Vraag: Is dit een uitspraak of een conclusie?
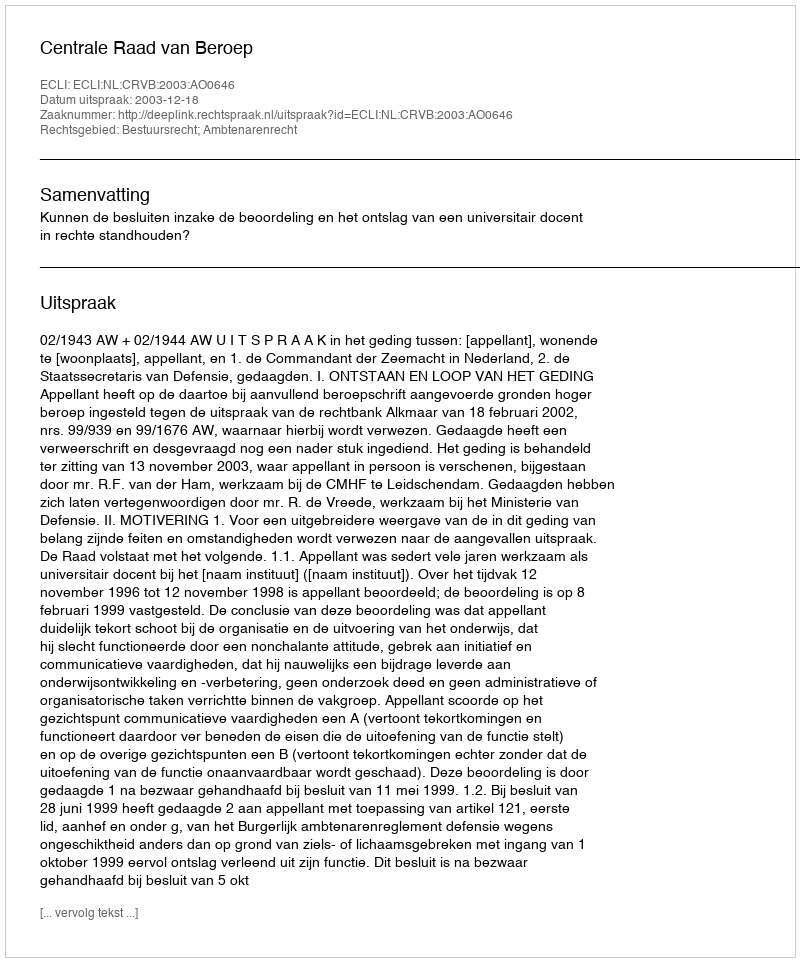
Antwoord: Uitspraak